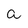
Character: a